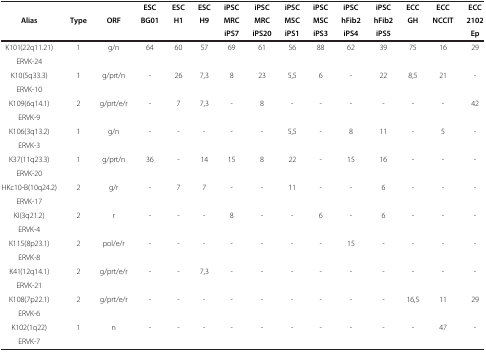
<table><thead><tr><td><b> </b></td><td><b> </b></td><td><b> </b></td><td><b>ESC</b></td><td><b>ESC</b></td><td><b>ESC</b></td><td><b>iPSC</b></td><td><b>iPSC</b></td><td><b>iPSC</b></td><td><b>iPSC</b></td><td><b>iPSC</b></td><td><b>iPSC</b></td><td><b>ECC</b></td><td><b>ECC</b></td><td><b>ECC</b></td></tr><tr><td><b>Alias</b></td><td><b>Type</b></td><td><b>ORF</b></td><td><b>BG01</b></td><td><b>H1</b></td><td><b>H9</b></td><td><b>MRC</b></td><td><b>MRC</b></td><td><b>MSC</b></td><td><b>MSC</b></td><td><b>hFib2</b></td><td><b>hFib2</b></td><td><b>GH</b></td><td><b>NCCIT</b></td><td><b>2102</b></td></tr><tr><td><b> </b></td><td><b> </b></td><td><b> </b></td><td><b> </b></td><td><b> </b></td><td><b> </b></td><td><b>iPS7</b></td><td><b>iPS20</b></td><td><b>iPS1</b></td><td><b>iPS3</b></td><td><b>iPS4</b></td><td><b>iPS5</b></td><td><b> </b></td><td><b> </b></td><td><b>Ep</b></td></tr></thead><tbody><tr><td>K101(22q11.21)</td><td>1</td><td>g/n</td><td>64</td><td>60</td><td>57</td><td>69</td><td>61</td><td>56</td><td>88</td><td>62</td><td>39</td><td>75</td><td>16</td><td>29</td></tr><tr><td>ERVK-24</td><td> </td><td> </td><td> </td><td> </td><td> </td><td> </td><td> </td><td> </td><td> </td><td> </td><td> </td><td> </td><td> </td><td> </td></tr><tr><td>K10(5q33.3)</td><td>1</td><td>g/prt/n</td><td>-</td><td>26</td><td>7,3</td><td>8</td><td>23</td><td>5,5</td><td>6</td><td>-</td><td>22</td><td>8,5</td><td>21</td><td>-</td></tr><tr><td>ERVK-10</td><td> </td><td> </td><td> </td><td> </td><td> </td><td> </td><td> </td><td> </td><td> </td><td> </td><td> </td><td> </td><td> </td><td> </td></tr><tr><td>K109(6q14.1)</td><td>2</td><td>g/prt/e/r</td><td>-</td><td>7</td><td>7,3</td><td>-</td><td>8</td><td>-</td><td>-</td><td>-</td><td>-</td><td>-</td><td>-</td><td>42</td></tr><tr><td>ERVK-9</td><td> </td><td> </td><td> </td><td> </td><td> </td><td> </td><td> </td><td> </td><td> </td><td> </td><td> </td><td> </td><td> </td><td> </td></tr><tr><td>K106(3q13.2)</td><td>1</td><td>g/n</td><td>-</td><td>-</td><td>-</td><td>-</td><td>-</td><td>5,5</td><td>-</td><td>8</td><td>11</td><td>-</td><td>5</td><td>-</td></tr><tr><td>ERVK-3</td><td> </td><td> </td><td> </td><td> </td><td> </td><td> </td><td> </td><td> </td><td> </td><td> </td><td> </td><td> </td><td> </td><td> </td></tr><tr><td>K37(11q23.3)</td><td>1</td><td>g/prt/n</td><td>36</td><td>-</td><td>14</td><td>15</td><td>8</td><td>22</td><td>-</td><td>15</td><td>16</td><td>-</td><td>-</td><td>-</td></tr><tr><td>ERVK-20</td><td> </td><td> </td><td> </td><td> </td><td> </td><td> </td><td> </td><td> </td><td> </td><td> </td><td> </td><td> </td><td> </td><td> </td></tr><tr><td>HKc10-B(10q24.2)</td><td>2</td><td>g/r</td><td>-</td><td>7</td><td>7</td><td>-</td><td>-</td><td>11</td><td>-</td><td>-</td><td>6</td><td>-</td><td>-</td><td>-</td></tr><tr><td>ERVK-17</td><td> </td><td> </td><td> </td><td> </td><td> </td><td> </td><td> </td><td> </td><td> </td><td> </td><td> </td><td> </td><td> </td><td> </td></tr><tr><td>KI(3q21.2)</td><td>2</td><td>r</td><td>-</td><td>-</td><td>-</td><td>8</td><td>-</td><td>-</td><td>6</td><td>-</td><td>6</td><td>-</td><td>-</td><td>-</td></tr><tr><td>ERVK-4</td><td> </td><td> </td><td> </td><td> </td><td> </td><td> </td><td> </td><td> </td><td> </td><td> </td><td> </td><td> </td><td> </td><td> </td></tr><tr><td>K115(8p23.1)</td><td>2</td><td>pol/e/r</td><td>-</td><td>-</td><td>-</td><td>-</td><td>-</td><td>-</td><td>-</td><td>15</td><td>-</td><td>-</td><td>-</td><td>-</td></tr><tr><td>ERVK-8</td><td> </td><td> </td><td> </td><td> </td><td> </td><td> </td><td> </td><td> </td><td> </td><td> </td><td> </td><td> </td><td> </td><td> </td></tr><tr><td>K41(12q14.1)</td><td>2</td><td>g/prt/e/r</td><td>-</td><td>-</td><td>7,3</td><td>-</td><td>-</td><td>-</td><td>-</td><td>-</td><td>-</td><td>-</td><td>-</td><td>-</td></tr><tr><td>ERVK-21</td><td> </td><td> </td><td> </td><td> </td><td> </td><td> </td><td> </td><td> </td><td> </td><td> </td><td> </td><td> </td><td> </td><td> </td></tr><tr><td>K108(7p22.1)</td><td>2</td><td>g/prt/e/r</td><td>-</td><td>-</td><td>-</td><td>-</td><td>-</td><td>-</td><td>-</td><td>-</td><td>-</td><td>16,5</td><td>11</td><td>29</td></tr><tr><td>ERVK-6</td><td> </td><td> </td><td> </td><td> </td><td> </td><td> </td><td> </td><td> </td><td> </td><td> </td><td> </td><td> </td><td> </td><td> </td></tr><tr><td>K102(1q22)</td><td>1</td><td>n</td><td>-</td><td>-</td><td>-</td><td>-</td><td>-</td><td>-</td><td>-</td><td>-</td><td>-</td><td>-</td><td>47</td><td>-</td></tr><tr><td>ERVK-7</td><td> </td><td> </td><td> </td><td> </td><td> </td><td> </td><td> </td><td> </td><td> </td><td> </td><td> </td><td> </td><td> </td><td> </td></tr></tbody></table>